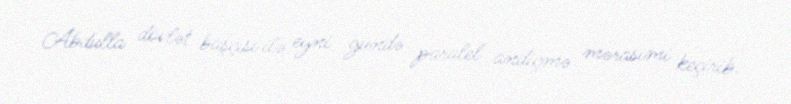
Abdulla dövlət başçısı ilə eyni gündə paralel andiçmə mərasimi keçirib.